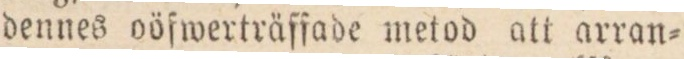
dennes oöfwerträſfade metod att arran=